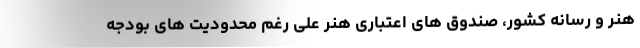
هنر و رسانه کشور، صندوق های اعتباری هنر علی رغم محدودیت های بودجه